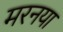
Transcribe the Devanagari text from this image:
मरनया